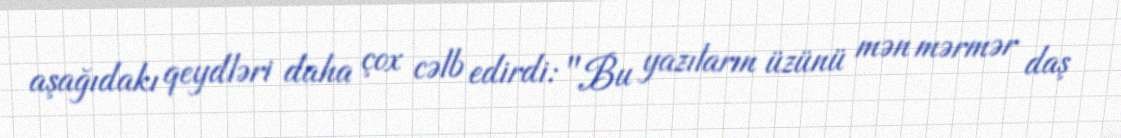
aşağıdakı qeydləri daha çox cəlb edirdi: "Bu yazıların üzünü mən mərmər daş